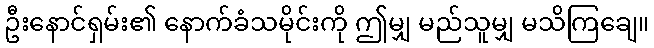
ဦးနောင်ရှမ်း၏ နောက်ခံသမိုင်းကို ဤမျှ မည်သူမျှ မသိကြချေ။